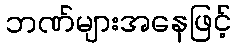
ဘဏ်များအနေဖြင့်